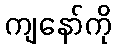
ကျနော်ကို